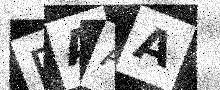
Text: RAAA